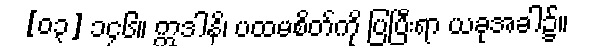
[၀၃] ၁၄၆။ ဣဒါနိ၊ ပထမစိတ်ကို ပြပြီးရာ ယခုအခါ၌။